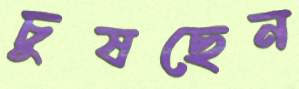
চুষছেন